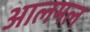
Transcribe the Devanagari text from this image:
आलमल